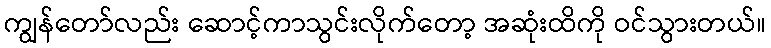
ကျွန်တော်လည်း ဆောင့်ကာသွင်းလိုက်တော့ အဆုံးထိကို ဝင်သွားတယ်။